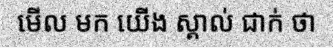
មើល មក យើង ស្គាល់ ជាក់ ថា